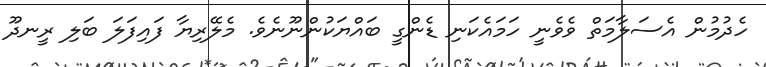
ހެދުމުން އެސަލާމަތް ވެވެނީ ހަމައެކަނި ޑެންގީ ބައްޔަކުންނޫނެވެ. މެލޭރިޔާ ފައިފަލަ ބަލި ރީނދޫ